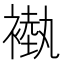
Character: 褹